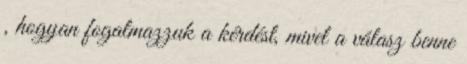
, hogyan fogalmazzuk a kérdést, mivel a válasz benne